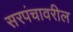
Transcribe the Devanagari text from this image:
सरपंचावरील